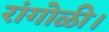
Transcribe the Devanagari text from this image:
रांगोळी।